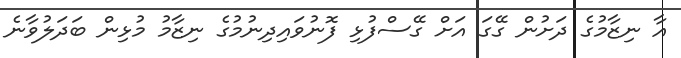
އާ ނިޒާމުގެ ދަށުން ގޭގަ އަށް ގޭސްފުޅި ފޮނުވައިދިނުމުގެ ނިޒާމު މުޅިން ބަދަލުވާނެ